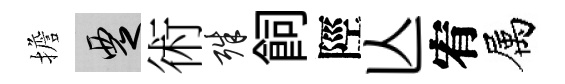
擔覂術殊飼陘亾宥属